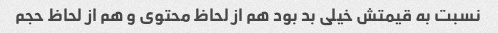
نسبت به قیمتش خیلی بد بود هم از لحاظ محتوی و هم از لحاظ حجم